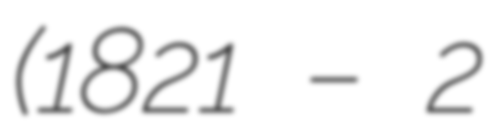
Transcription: (1821 – 2